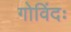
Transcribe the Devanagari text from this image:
गोविंदः